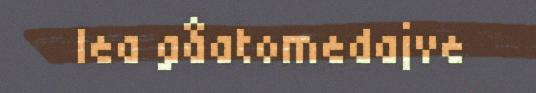
lea gåatomedajve